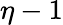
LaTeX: \eta-1